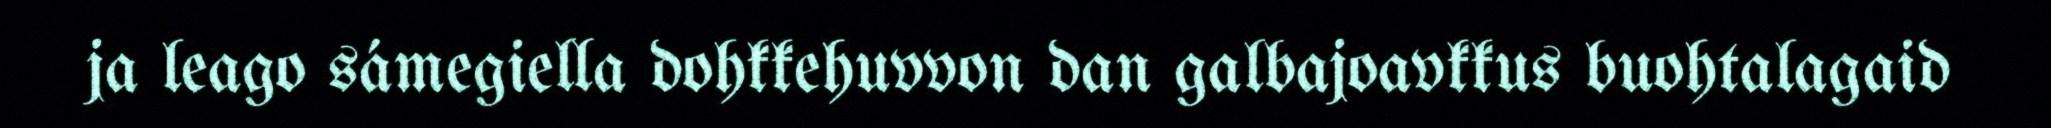
ja leago sámegiella dohkkehuvvon dan galbajoavkkus buohtalagaid